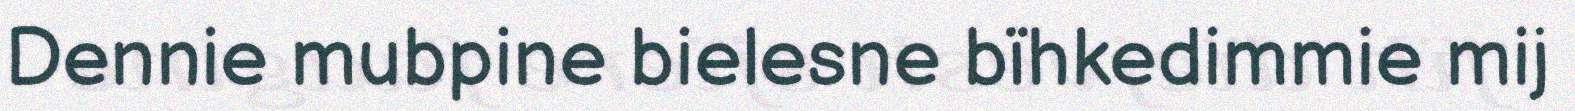
Dennie mubpine bielesne bïhkedimmie mij